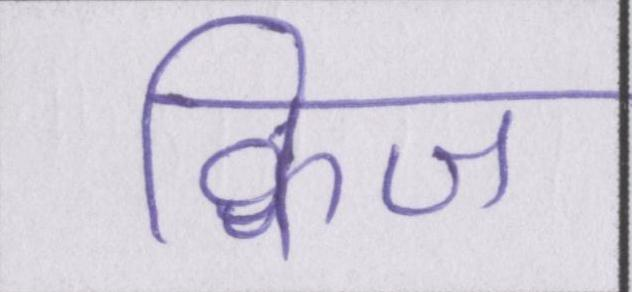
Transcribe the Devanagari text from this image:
क्विज